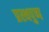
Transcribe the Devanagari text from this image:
प्रस्थपुष्प